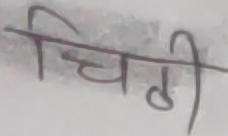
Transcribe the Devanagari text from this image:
चिठी